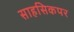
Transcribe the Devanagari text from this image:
साहसिकपर